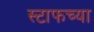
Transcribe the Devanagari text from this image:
स्टाफच्या